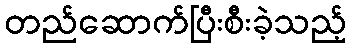
တည်ဆောက်ပြီးစီးခဲ့သည့်